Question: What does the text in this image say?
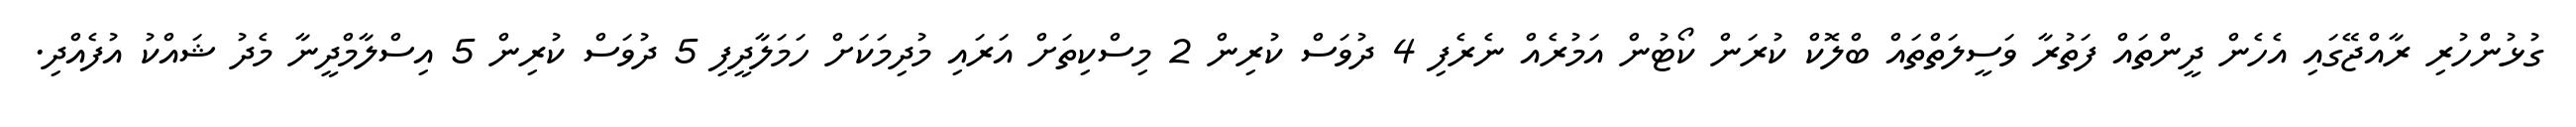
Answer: ގުޅުންހުރި ރާއްޖޭގައި އެހެން ދީންތައް ފަތުރާ ވަސީލަތްތައް ބްލޮކް ކުރަން ކޯޓުން އަމުރެއް ނެރެފި 4 ދުވަސް ކުރިން 2 މިސްކިތަށް އަރައި މުދިމަކަށް ހަމަލާދީފި 5 ދުވަސް ކުރިން 5 އިސްލާމްދީނާ މެދު ޝައްކު އުފެއްދި.